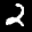
Label: 2